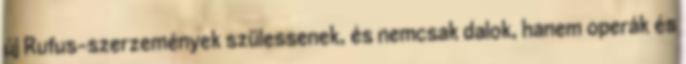
új Rufus-szerzemények szülessenek, és nemcsak dalok, hanem operák és